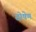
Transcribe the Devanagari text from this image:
दोषेण